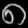
Digit: ၈